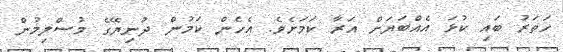
ހަތަރު ބައި ކުޅަ އެއްބަޔަށް އަރާ ކަމަށެވެ. އެހެން ކަމުން ދުނިޔޭގެ މުސްލިމުން